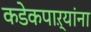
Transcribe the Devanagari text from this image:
कडेकपाऱ्यांना